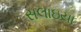
સલાઇયા